画像に写った文字を読んでください
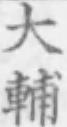
「大輔」と書いてあります